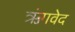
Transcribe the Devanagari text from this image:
ऋंगवेद